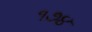
૧૭૪